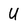
Character: U